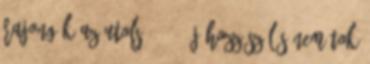
rajongók az utolsó 12 : Új hozzászólás nem tok